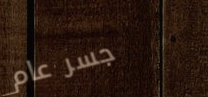
جسر عام